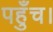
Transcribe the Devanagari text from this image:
पहुँच।